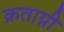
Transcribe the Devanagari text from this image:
क्रताग्नी